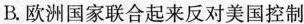
B.欧洲国家联合起来反对美国控制